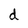
Character: d